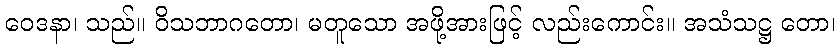
ဝေဒနာ၊ သည်။ ဝိသဘာဂတော၊ မတူသော အဖို့အားဖြင့် လည်းကောင်း။ အသံသဋ္ဌ တော၊